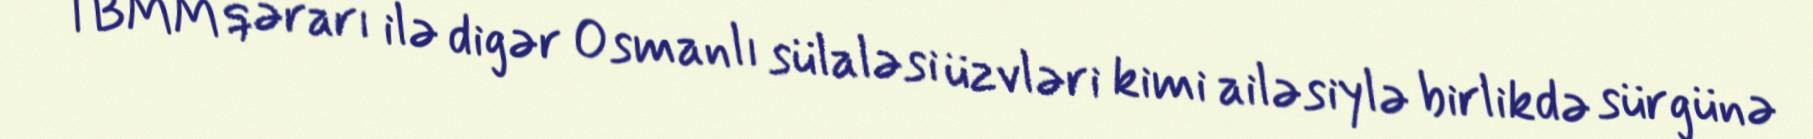
TBMM qərarı ilə digər Osmanlı sülaləsi üzvləri kimi ailəsiylə birlikdə sürgünə